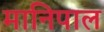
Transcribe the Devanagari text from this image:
मानिपाल